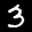
Label: 3